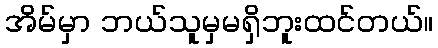
အိမ်မှာ ဘယ်သူမှမရှိဘူးထင်တယ်။